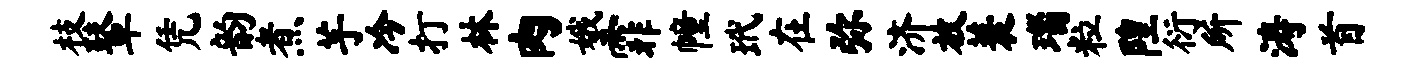
枝鼙凭韵煮芋冷打林肉娥霏幢玳在弥济放蓑瑙粒隍衍所涛首